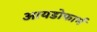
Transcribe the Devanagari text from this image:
आयडोफार्म